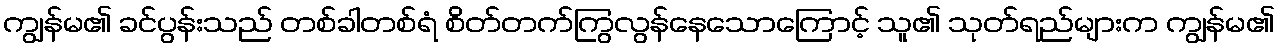
ကျွန်မ၏ ခင်ပွန်းသည် တစ်ခါတစ်ရံ စိတ်တက်ကြွလွန်နေသောကြောင့် သူ၏ သုတ်ရည်များက ကျွန်မ၏